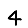
Digit: 4